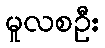
မူလစဦး